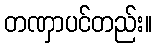
တဏှာပင်တည်း။